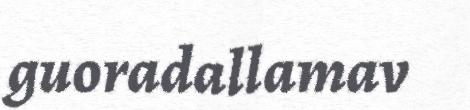
guoradallamav